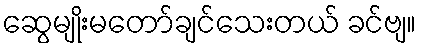
ဆွေမျိုးမတော်ချင်သေးတယ် ခင်ဗျ။